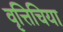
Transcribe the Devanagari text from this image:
वृत्तिचिया